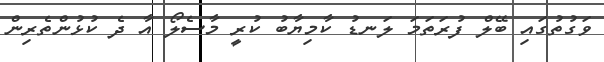
ވަގުތުގައި ބޭލް ފުރަތަމަ ލަނޑު ކާމިޔާބު ކުރީ މާސެލޯ އާ ދެ ކުޅުންތެރިން